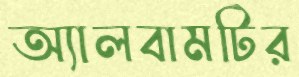
অ্যালবামটির